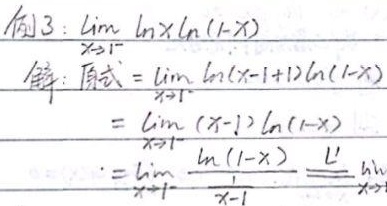
例3: $\lim_{x \to 1^{-}} \ln x \ln(1 - x)$

解: 原式 $=\lim_{x \to 1^{-}} \ln((x - 1)+1)\ln(1 - x)$
$=\lim_{x \to 1^{-}} (x - 1)\ln(1 - x)$
$=\lim_{x \to 1^{-}} \frac{\ln(1 - x)}{\frac{1}{x - 1}}\stackrel{L}{=}\lim_{x \to 1^{-}}$